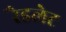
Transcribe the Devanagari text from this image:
रैडलेट